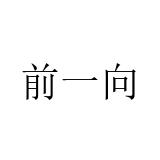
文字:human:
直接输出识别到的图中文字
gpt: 前一向